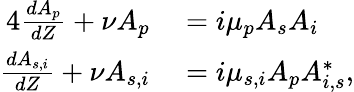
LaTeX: \begin{array}{rl}{{4}\frac{dA_{p}}{dZ}+\nu A_{p}}&{{}=i\mu_{p}A_{s}A_{i}}\\ {\frac{dA_{s,i}}{dZ}+\nu A_{s,i}}&{{}=i\mu_{s,i}A_{p}A_{i,s}^{*},}\end{array}